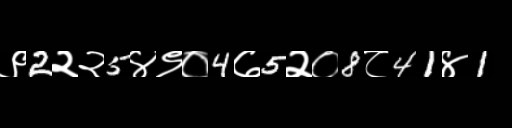
Text: ९2२२5४९०4७5२०8८41४1